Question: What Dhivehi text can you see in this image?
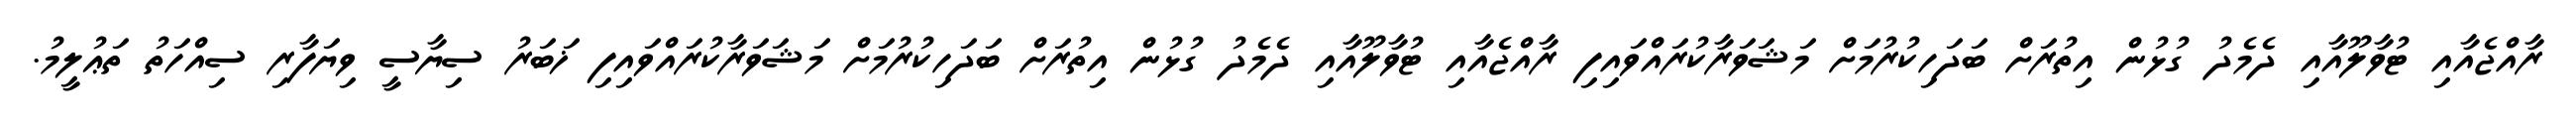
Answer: ރާއްޖެއާއި ޓުވާލޫއާއި ދެމެދު ގުޅުން އިތުރަށް ބަދަހިކުރުމަށް މަޝަވަރާކުރައްވައިފި ރާއްޖެއާއި ޓުވާލޫއާއި ދެމެދު ގުޅުން އިތުރަށް ބަދަހިކުރުމަށް މަޝަވަރާކުރައްވައިފި ޚަބަރު ސިޔާސީ ވިޔަފާރި ސިއްހަތު ތަޢުލީމު.